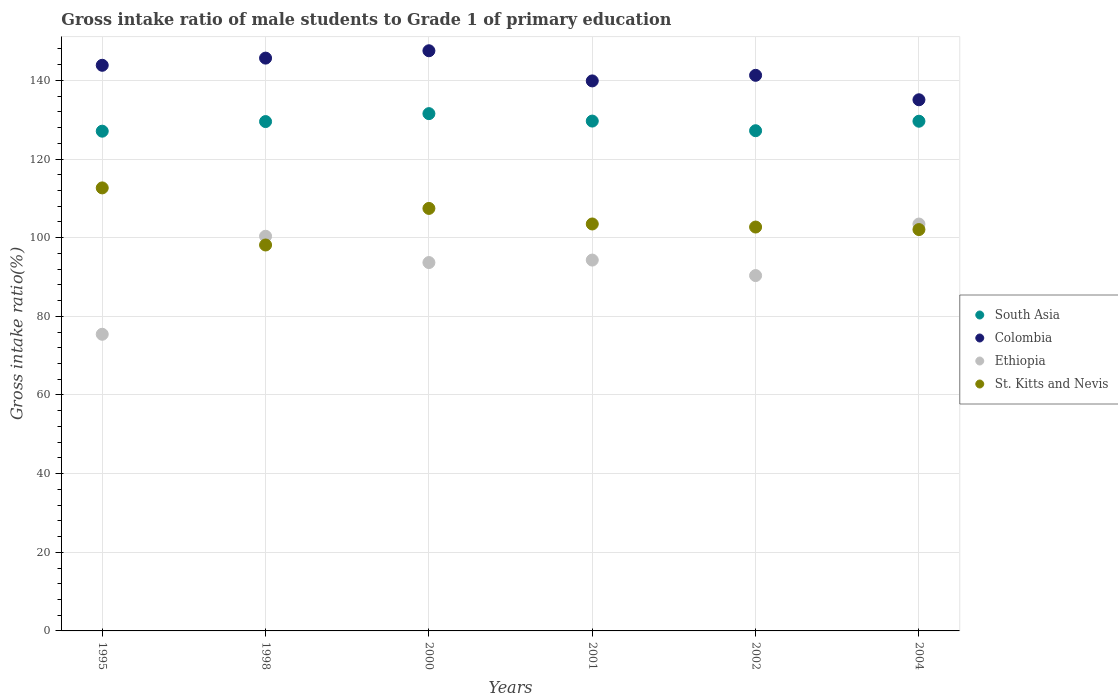
| Years | South Asia | Colombia | Ethiopia | St. Kitts and Nevis |
 | --- | --- | --- | --- | --- |
 | 1995 | 127 | 144 | 75.4 | 113 |
 | 1998 | 130 | 146 | 100 | 98.1 |
 | 2000 | 132 | 148 | 93.7 | 107 |
 | 2001 | 130 | 140 | 94.3 | 103 |
 | 2002 | 127 | 141 | 90.4 | 103 |
 | 2004 | 130 | 135 | 103 | 102 |